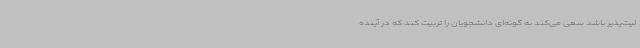
لیت‌پذیر باشد سعی می‌کند به گونه‌ای دانشجویان را تربیت کند که در آینده